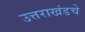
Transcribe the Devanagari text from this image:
उत्तराखंडचे